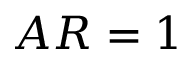
A R = 1